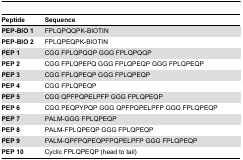
| Peptide | Sequence |
 | --- | --- |
 | PEP-BIO 1 | FPLQPQQPK-BIOTIN |
 | PEP-BIO 2 | FPLQPEQPK-BIOTIN |
 | PEP 1 | CGG FPLQPQQP GGG FPLQPQQP |
 | PEP 2 | CGG FPLQPEPQ GGG FPLQPEQP GGG FPLQPEQP |
 | PEP 3 | CGG FPLQPEQP GGG FPLQPEQP |
 | PEP 4 | CGG FPLQPEQP |
 | PEP 5 | CGG QPFPQPELPFP GGG FPLQPEQP |
 | PEP 6 | CGG PEQPYPQP GGG QPFPQPELPFP GGG FPLQPEQP |
 | PEP 7 | PALM-GGG FPLQPEQP |
 | PEP 8 | PALM-FPLQPEQP GGG FPLQPEQP |
 | PEP 9 | PALM-QPFPQPEQPFPQPELPFP GGG FPLQPEQP |
 | PEP 10 | Cyclic FPLQPEQP (head to tail) |